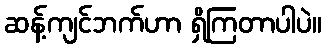
ဆန့်ကျင်ဘက်ဟာ ရှိကြတာပါပဲ။